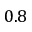
0 . 8